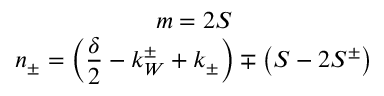
\begin{array} { c } { { m = 2 S } } \\ { { n _ { \pm } = \left( \displaystyle \frac { \delta } { 2 } - k _ { W } ^ { \pm } + k _ { \pm } \right) \mp \left( S - 2 S ^ { \pm } \right) } } \end{array}